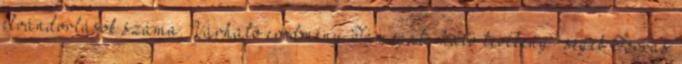
elvándorlások száma. Várható eredmény Támogat- ható tevékeny- ségek Forrás